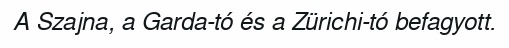
A Szajna, a Garda-tó és a Zürichi-tó befagyott.